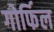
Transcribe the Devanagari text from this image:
गोर्फिल